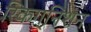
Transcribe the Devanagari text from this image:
रिकग्निशन